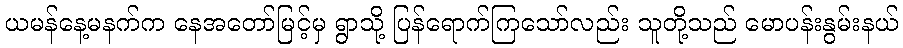
ယမန်နေ့မနက်က နေအတော်မြင့်မှ ရွာသို့ ပြန်ရောက်ကြသော်လည်း သူတို့သည် မောပန်းနွမ်းနယ်